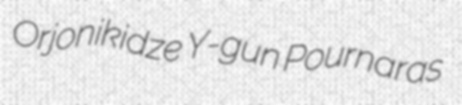
Orjonikidze Y-gun Pournaras